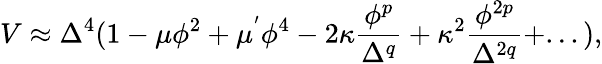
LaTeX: V\approx\Delta^{4}(1-\mu\phi^{2}+\mu^{'}\phi^{4}-2\kappa\frac{\phi^{p}}{\Delta^{q}}+\kappa^{2}\frac{\phi^{2p}}{\Delta^{2q}}+...),